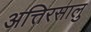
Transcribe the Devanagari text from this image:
अत्तिरसालु